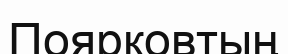
Поярковтың